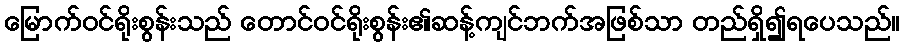
မြောက်ဝင်ရိုးစွန်းသည် တောင်ဝင်ရိုးစွန်း၏ဆန့်ကျင်ဘက်အဖြစ်သာ တည်ရှိ၍ရပေသည်။